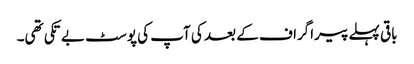
باقی پہلے پیراگراف کے بعد کی آپ کی پوسٹ بے تکی تھی۔